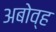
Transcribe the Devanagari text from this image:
अबोव्ह